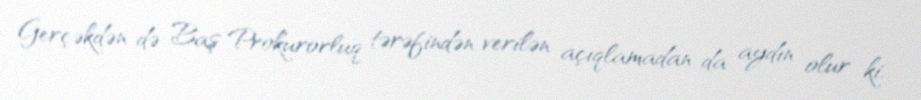
Gerçəkdən də Baş Prokurorluq tərəfindən verilən açıqlamadan da aydın olur ki,